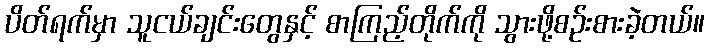
ပိတ်ရက်မှာ သူငယ်ချင်းတွေနှင့် စာကြည့်တိုက်ကို သွားဖို့စဉ်းစားခဲ့တယ်။